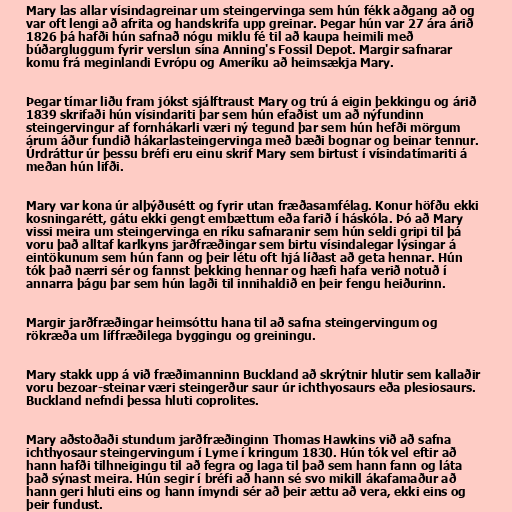
Mary las allar vísindagreinar um steingervinga sem hún fékk aðgang að og
var oft lengi að afrita og handskrifa upp greinar. Þegar hún var 27 ára árið
1826 þá hafði hún safnað nógu miklu fé til að kaupa heimili með
búðargluggum fyrir verslun sína Anning's Fossil Depot. Margir safnarar
komu frá meginlandi Evrópu og Ameríku að heimsækja Mary.

Þegar tímar liðu fram jókst sjálftraust Mary og trú á eigin þekkingu og árið
1839 skrifaði hún vísindariti þar sem hún efaðist um að nýfundinn
steingervingur af fornhákarli væri ný tegund þar sem hún hefði mörgum
árum áður fundið hákarlasteingervinga með bæði bognar og beinar tennur.
Úrdráttur úr þessu bréfi eru einu skrif Mary sem birtust í vísindatímariti á
meðan hún lifði.

Mary var kona úr alþýðusétt og fyrir utan fræðasamfélag. Konur höfðu ekki
kosningarétt, gátu ekki gengt embættum eða farið í háskóla. Þó að Mary
vissi meira um steingervinga en ríku safnaranir sem hún seldi gripi til þá
voru það alltaf karlkyns jarðfræðingar sem birtu vísindalegar lýsingar á
eintökunum sem hún fann og þeir létu oft hjá líðast að geta hennar. Hún
tók það nærri sér og fannst þekking hennar og hæfi hafa verið notuð í
annarra þágu þar sem hún lagði til innihaldið en þeir fengu heiðurinn.

Margir jarðfræðingar heimsóttu hana til að safna steingervingum og
rökræða um líffræðilega byggingu og greiningu.

Mary stakk upp á við fræðimanninn Buckland að skrýtnir hlutir sem kallaðir
voru bezoar-steinar væri steingerður saur úr ichthyosaurs eða plesiosaurs.
Buckland nefndi þessa hluti coprolites.

Mary aðstoðaði stundum jarðfræðinginn Thomas Hawkins við að safna
ichthyosaur steingervingum í Lyme í kringum 1830. Hún tók vel eftir að
hann hafði tilhneigingu til að fegra og laga til það sem hann fann og láta
það sýnast meira. Hún segir í bréfi að hann sé svo mikill ákafamaður að
hann geri hluti eins og hann ímyndi sér að þeir ættu að vera, ekki eins og
þeir fundust.